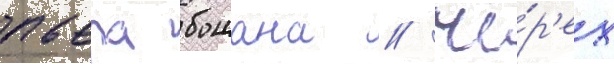
пьера бошана // Че́р'ез